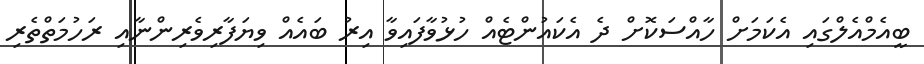
ބީއެމްއެލްގައި އެކަމަށް ހާއްސަކޮށް ދެ އެކައުންޓެއް ހުޅުވާފައިވާ އިރު ބައެއް ވިޔަފާރިވެރިންނާއި ރަހުމަތްތެރި